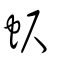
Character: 蚇